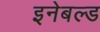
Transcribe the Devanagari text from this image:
इनेबल्ड